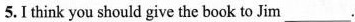
5.I think you should give the book to Jim___.